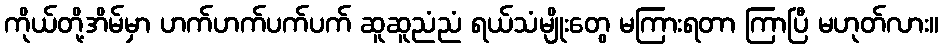
ကိုယ်တို့အိမ်မှာ ဟက်ဟက်ပက်ပက် ဆူဆူညံညံ ရယ်သံမျိုးတွေ မကြားရတာ ကြာပြီ မဟုတ်လား။